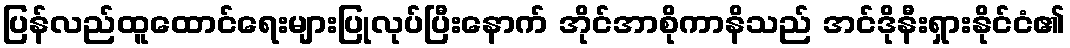
ပြန်လည်ထူထောင်ရေးများပြုလုပ်ပြီးနောက် အိုင်အာစိုကာနိသည် အင်ဒိုနီးရှားနိုင်ငံ၏